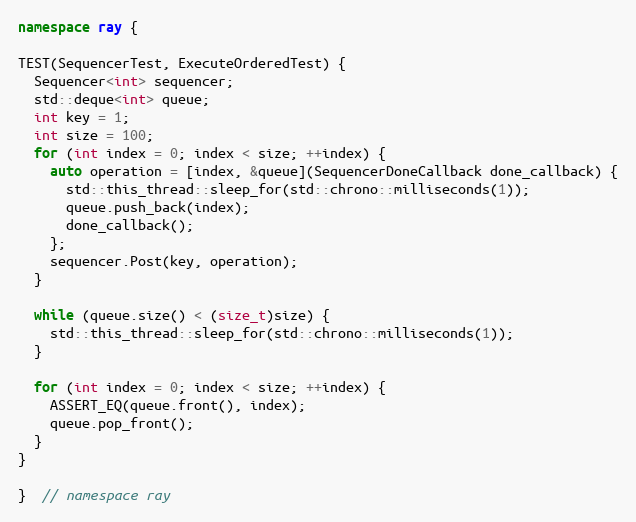
Language: C++
namespace ray {

TEST(SequencerTest, ExecuteOrderedTest) {
  Sequencer<int> sequencer;
  std::deque<int> queue;
  int key = 1;
  int size = 100;
  for (int index = 0; index < size; ++index) {
    auto operation = [index, &queue](SequencerDoneCallback done_callback) {
      std::this_thread::sleep_for(std::chrono::milliseconds(1));
      queue.push_back(index);
      done_callback();
    };
    sequencer.Post(key, operation);
  }

  while (queue.size() < (size_t)size) {
    std::this_thread::sleep_for(std::chrono::milliseconds(1));
  }

  for (int index = 0; index < size; ++index) {
    ASSERT_EQ(queue.front(), index);
    queue.pop_front();
  }
}

}  // namespace ray